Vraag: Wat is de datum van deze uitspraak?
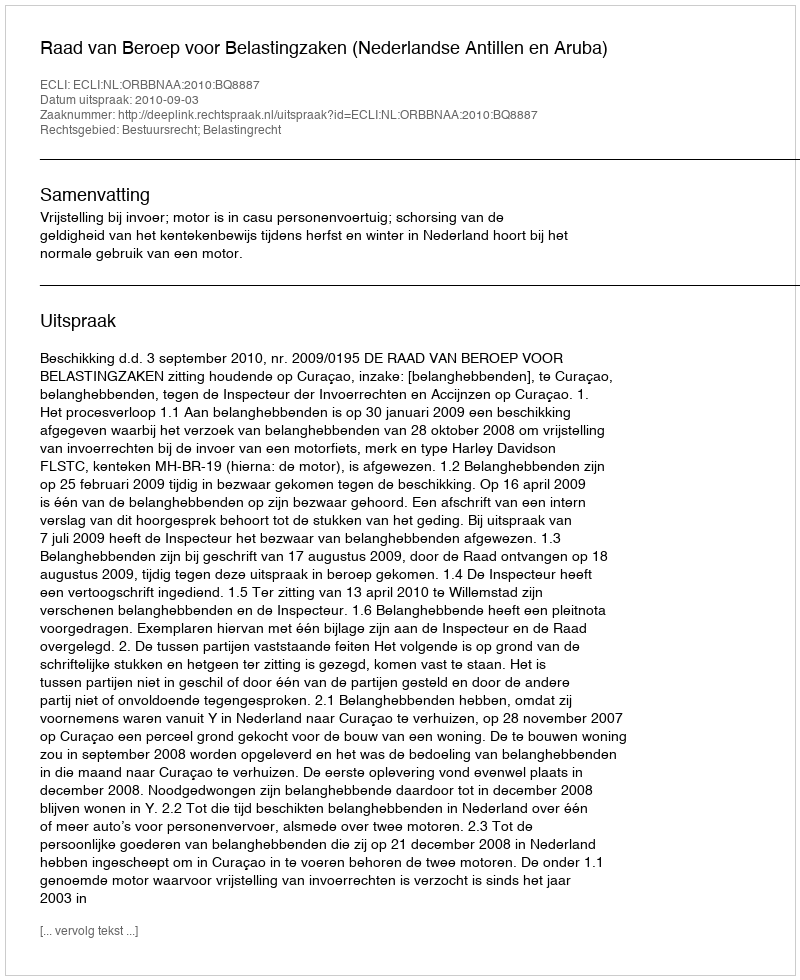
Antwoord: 2010-09-03